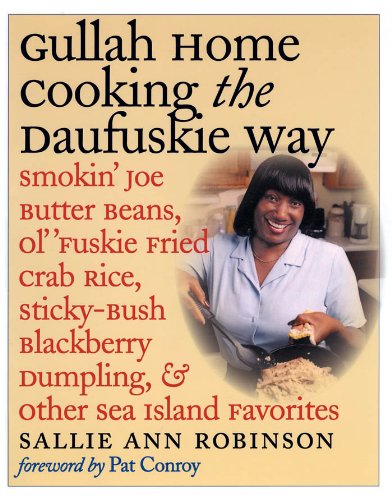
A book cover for Gullah Home Cooking the Daufuskie Way: Smokin' Joe Butter Beans, Ol' 'Fuskie Fried Crab Rice, Sticky-Bush Blackberry Dumpling, and Other Sea Island Favorites; Sallie Ann Robinson; Cookbooks, Food & Wine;